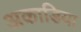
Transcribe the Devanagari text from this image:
अकाडिया